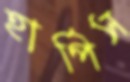
হার্পিস